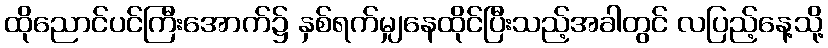
ထိုညောင်ပင်ကြီးအောက်၌ နှစ်ရက်မျှနေထိုင်ပြီးသည့်အခါတွင် လပြည့်နေ့သို့